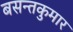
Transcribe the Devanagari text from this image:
बसन्तकुमार